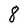
Character: 8